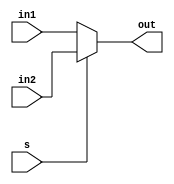
`timescale 1ns / 1ps
//////////////////////////////////////////////////////////////////////////////////
// Company: 
// Engineer: 
// 
// Design Name: 
// Module Name: mux2x1
// Project Name: 
// Target Devices: 
// Tool Versions: 
// Description: 
// 
// Dependencies: 
// 
// Revision:
// Revision 0.01 - File Created
// Additional Comments:
// 
//////////////////////////////////////////////////////////////////////////////////


module mux2x1(
    input in1,
    input in2,
    input s,
    output reg out
    );
    always@(*)
    begin
    if(s==1)
    out=in2;
    else
    out=in1;
    end
endmodule